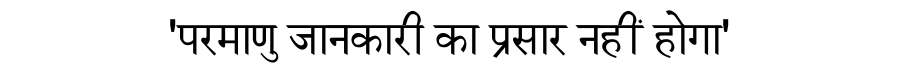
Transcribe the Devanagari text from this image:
'परमाणु जानकारी का प्रसार नहीं होगा'